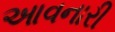
આવનારી